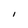
Character: I